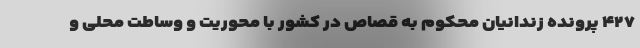
۴۲۷ پرونده زندانیان محکوم به قصاص در کشور با محوریت و وساطت محلی و